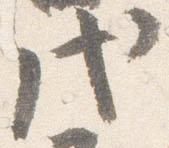
戊